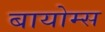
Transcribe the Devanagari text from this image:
बायोम्स